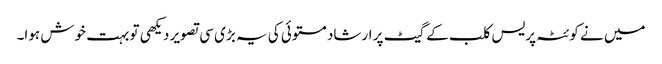
میں نے کوئٹہ پریس کلب کے گیٹ پر ارشاد مستوئی کی یہ بڑی سی تصویر دیکھی تو بہت خوش ہوا۔